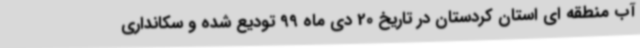
آب منطقه ای استان کردستان در تاریخ 20 دی ماه 99 تودیع شده و سکانداری